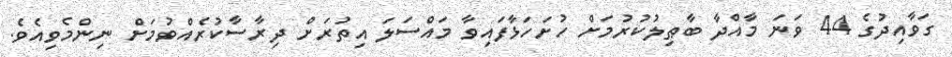
ގަވާއިދުގެ 44 ވަނަ މާއްދާ ބާޠިލުކުރުމަށް ހުށަހަޅާފައިވާ މައްސަލަ އިތުރަށް ދިރާސާކުރެއްވުމަށް ނިންމެވިއެވެ.